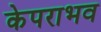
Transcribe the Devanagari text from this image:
केपराभव